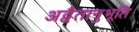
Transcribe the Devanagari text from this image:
अद्वैतानुभूति